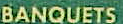
BANQUETS